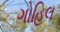
ગોહિલ